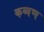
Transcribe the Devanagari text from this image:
कब्बण